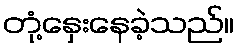
တုံ့နှေးနေခဲ့သည်။